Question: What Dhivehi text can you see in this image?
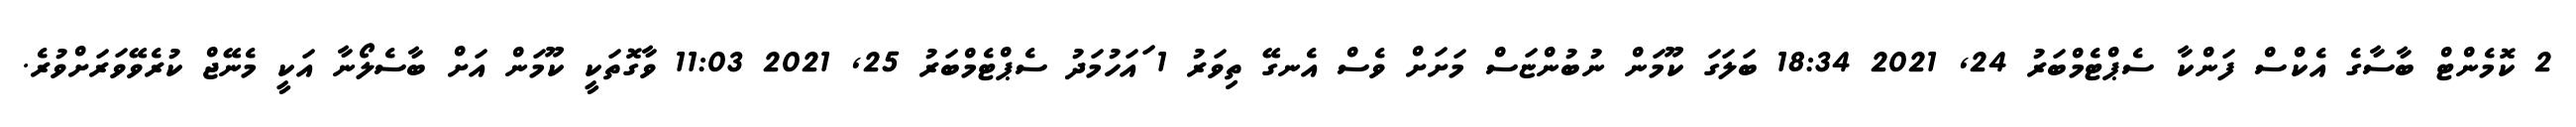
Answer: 2 ކޮމެންޓް ބާސާގެ އެކްސް ފަންކާ ސެޕްޓެމްބަރު 24, 2021 18:34 ބަލަގަ ކޫމަން ނުބުންޏަސް މަށަށް ވެސް އެނގޭ ތިވަރު 1 ައަހުމަދު ސެޕްޓެމްބަރު 25, 2021 11:03 ވާގޮތަކީ ކޫމަން އަށް ބާސެލޯނާ އަކީ މެނޭޖް ކުރެވޭވަރަށްވުރެ.